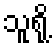
သူရို့